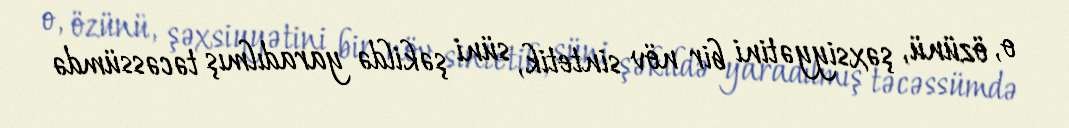
o, özünü, şəxsiyyətini bir növ sintetik, süni şəkildə yaradılmış təcəssümdə